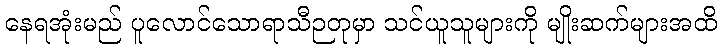
နေရအုံးမည် ပူလောင်သောရာသီဉတုမှာ သင်ယူသူများကို မျိုးဆက်များအထိ